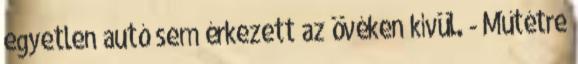
egyetlen autó sem érkezett az övéken kívül. - Műtétre